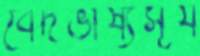
বেদভাষ্যসূর্য